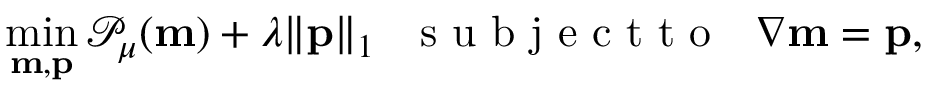
\operatorname* { m i n } _ { \mathbf { m } , \mathbf { p } } \mathcal { P } _ { \mu } ( \mathbf { m } ) + \lambda \| \mathbf { p } \| _ { 1 } ~ ~ \mathrm { ~ s ~ u ~ b ~ j ~ e ~ c ~ t ~ t ~ o ~ } ~ ~ \nabla \mathbf { m } = \mathbf { p } ,